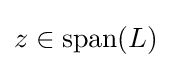
{\textstyle z\in {\text{span}}(L)}